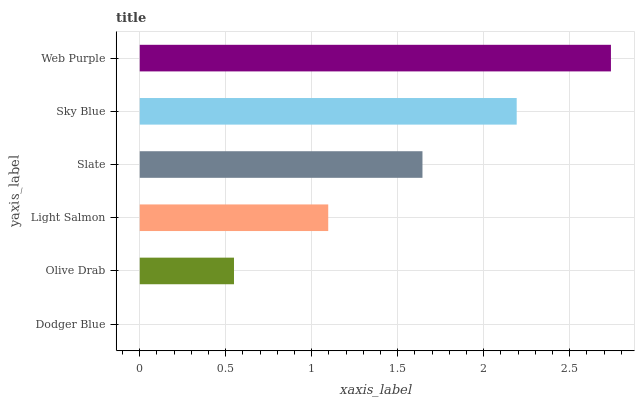
| yaxis_label | bars |
 | --- | --- |
 | Dodger Blue | 0 |
 | Olive Drab | 0.548 |
 | Light Salmon | 1.1 |
 | Slate | 1.64 |
 | Sky Blue | 2.19 |
 | Web Purple | 2.74 |